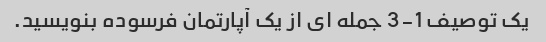
یک توصیف 1-3 جمله ای از یک آپارتمان فرسوده بنویسید.